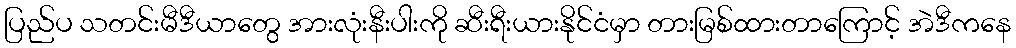
ပြည်ပ သတင်းမီဒီယာတွေ အားလုံးနီးပါးကို ဆီးရီးယားနိုင်ငံမှာ တားမြစ်ထားတာကြောင့် အဲဒီကနေ